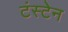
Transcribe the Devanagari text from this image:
टंस्टेन